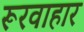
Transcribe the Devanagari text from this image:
रूरवाहार